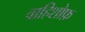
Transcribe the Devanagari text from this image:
वाहिशोफ़